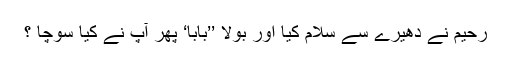
رحیم نے دھیرے سے سلام کیا اور بولا ’’بابا‘ پھر آپ نے کیا سوچا ؟